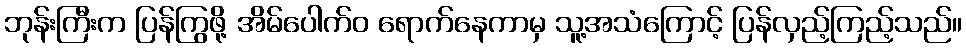
ဘုန်းကြီးက ပြန်ကြွဖို့ အိမ်ပေါက်ဝ ရောက်နေကာမှ သူ့အသံကြောင့် ပြန်လှည့်ကြည့်သည်။